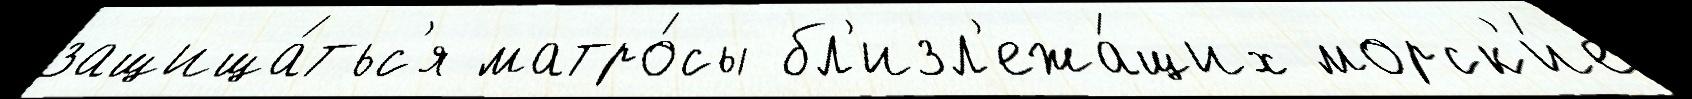
защища́тьс'я матро́сы бл'изл'ежа́щих морск'и́е